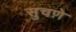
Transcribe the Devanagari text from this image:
सुचणे